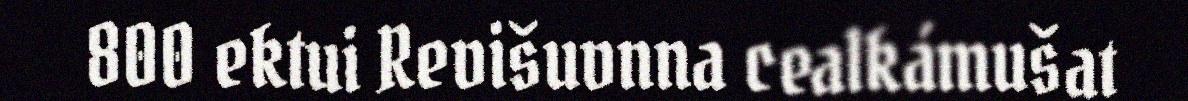
800 ektui Revišuvnna cealkámušat